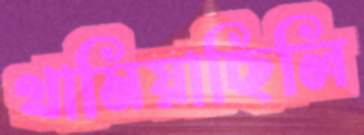
থামিয়াছিলি